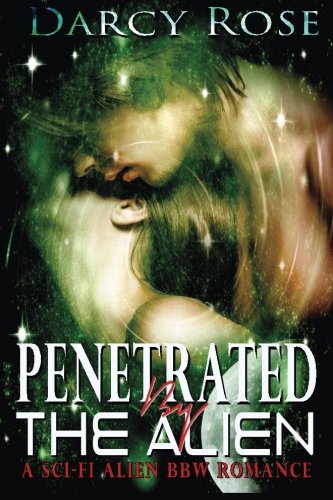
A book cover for Romance:: Penetrated By The Alien (Sci-Fi Alien Abduction BBW Paranormal Romance); Darcy Rose; Romance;